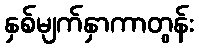
နှစ်မျက်နှာကာတွန်း